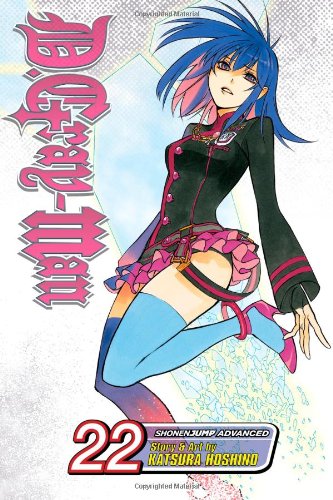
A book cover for D.Gray-man, Vol. 22; Katsura Hoshino; Comics & Graphic Novels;